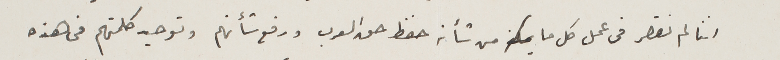
اننا لم نقصر فى عمل كل ما من شأنه حفظ حق العرب ورفع شأنهم وتوحيد كلمتهم فى هذه